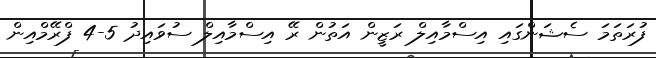
ފުރަތަމަ ސެޝަންގައި އިސްމާއިލް ރަޒީން އަތުން ރޭ އިސްމާއިލް ސުވައިދު 5-4 ފްރޭމްއިން